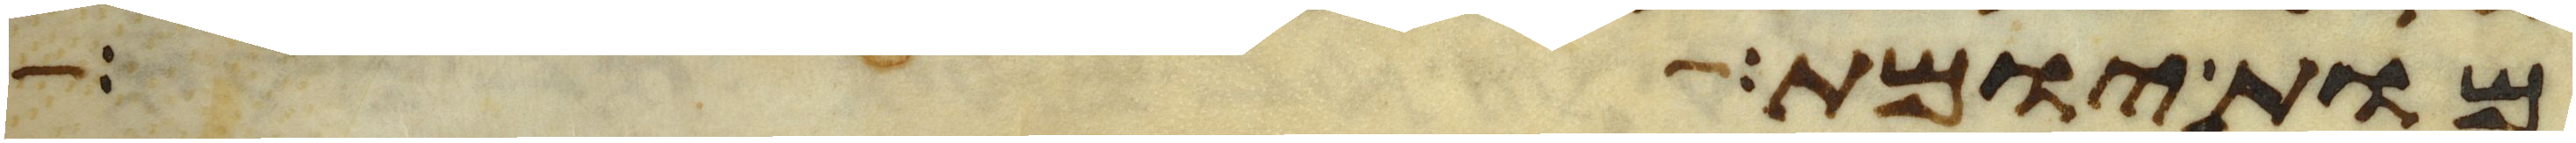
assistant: מות יומת